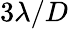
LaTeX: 3\lambda/D